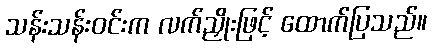
သန်းသန်းဝင်းက လက်ညှိုးဖြင့် ထောက်ပြသည်။